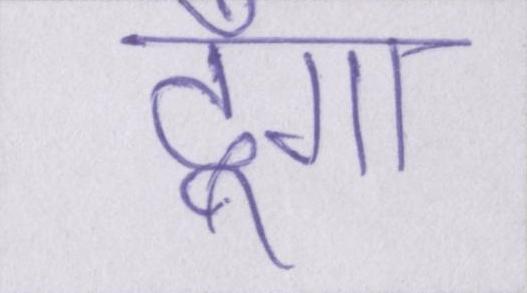
दूँगा